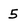
Character: 5